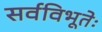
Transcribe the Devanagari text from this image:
सर्वविभूतेः